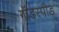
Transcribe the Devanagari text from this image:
गॉडस्पीड